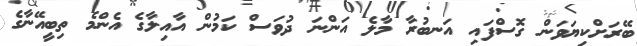
ބޭރަށްކިޔަވަން ގޮސްފައި އަނބުރާ މާލެ އަންނަ ދުވަސް ކަމުން އާއިލާގެ އެންމެ ތިބީއޭނާގެ